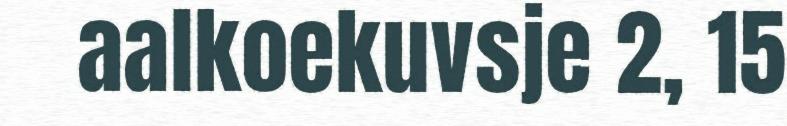
aalkoekuvsje 2, 15